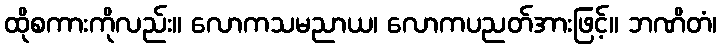
ထိုစကားကိုလည်း။ လောကသမညာယ၊ လောကပညတ်အားဖြင့်။ ဘဏိတံ၊